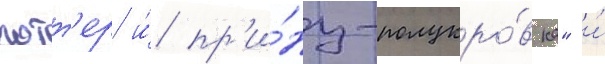
потт'ер и́ пр'и́нц-полукро́вка" и́